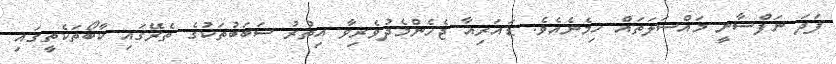
ފަދަ ނަފްސާނީ މައްސަލަތައް ހިމެނެއެވެ. ޑައަރިއާ ޖެހެންމެދުވެރިވާ އިތުރު ސަބަބުތަކުގެ ތެރޭގައި ކާބޯތަކެތީގައި